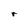
Character: r